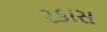
રકાસ